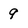
Character: 9